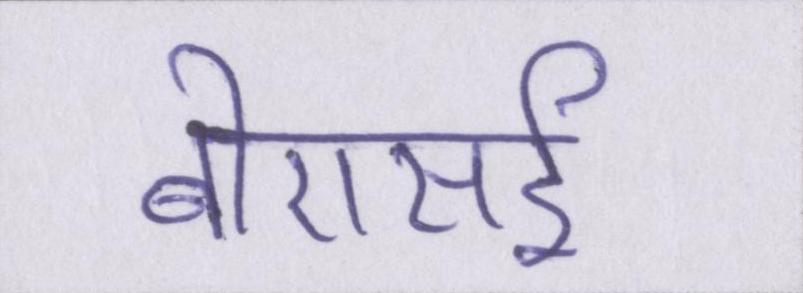
बीएसई